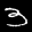
Label: 3